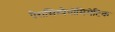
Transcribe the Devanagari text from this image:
पैरासिम्पैथोमिमेटिक